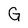
Character: G